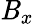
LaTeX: \mathit{B}_{x}